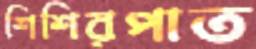
শিশিরপাত